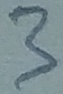
Text: 3